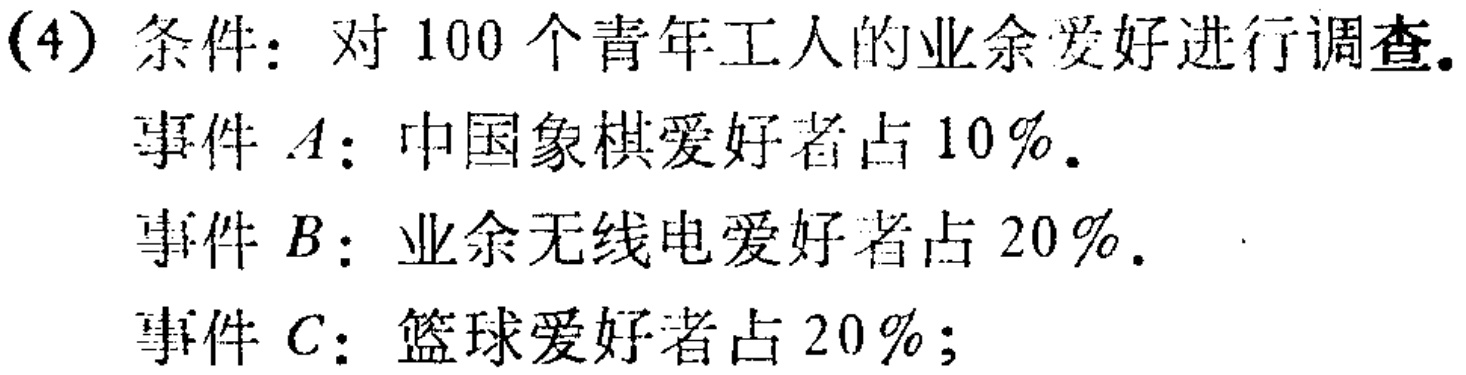
(4) 条件：对 100 个青年工人的业余爱好进行调查。
事件 \(A\)：中国象棋爱好者占 \(10\%\)。
事件 \(B\)：业余无线电爱好者占 \(20\%\)。
事件 \(C\)：篮球爱好者占 \(20\%\)；